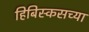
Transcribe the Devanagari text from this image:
हिबिस्कसच्या